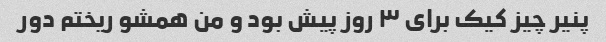
پنیر چیز کیک برای ۳ روز پیش بود و من همشو ریختم دور